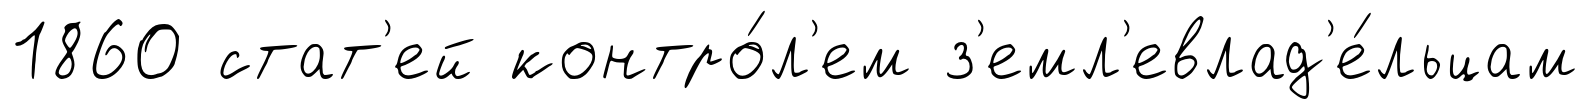
1860 стат'ей контро́л'ем з'емл'евлад'е́льцам